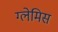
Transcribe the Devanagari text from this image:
ग्लेमिस